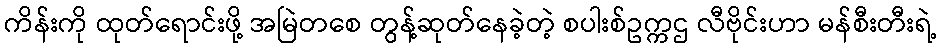
ကိန်းကို ထုတ်ရောင်းဖို့ အမြဲတစေ တွန့်ဆုတ်နေခဲ့တဲ့ စပါးစ်ဥက္ကဌ လီဗိုင်းဟာ မန်စီးတီးရဲ့